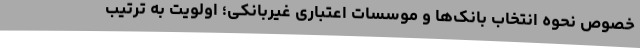
خصوص نحوه انتخاب بانک‌ها و موسسات اعتباری غیربانکی؛ اولویت به ترتیب